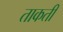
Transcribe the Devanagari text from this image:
ताकती